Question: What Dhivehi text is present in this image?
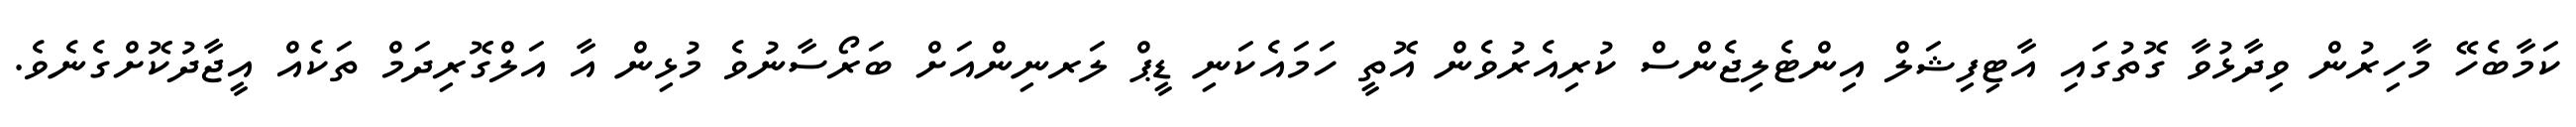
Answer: ކަމާބެހޭ މާހިރުން ވިދާޅުވާ ގޮތުގައި އާޓިފިޝަލް އިންޓެލިޖެންސް ކުރިއެރުވެން އޮތީ ހަމައެކަނި ޑީޕް ލަރނިންއަށް ބަރޯސާނުވެ މުޅިން އާ އަލްގޮރިދަމް ތަކެއް އީޖާދުކޮށްގެނެވެ.